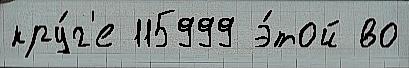
кру́г'е 115999 э́той во